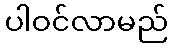
ပါဝင်လာမည်